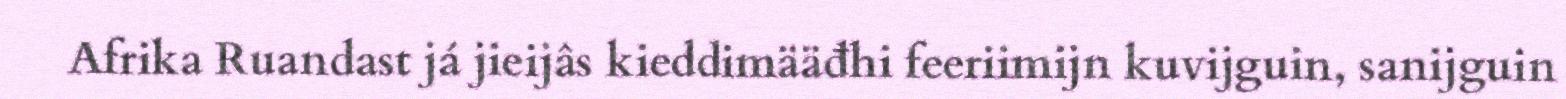
Afrika Ruandast já jieijâs kieddimääđhi feeriimijn kuvijguin, sanijguin